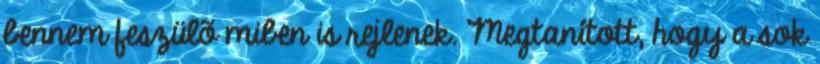
bennem feszülõ miben is rejlenek. Megtanított, hogy a sok